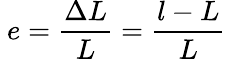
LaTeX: \ e={\frac{\Delta L}{L}}={\frac{l-L}{L}}